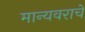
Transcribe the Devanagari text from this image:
मान्यवराचे